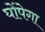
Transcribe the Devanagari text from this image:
घोंपेगा